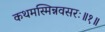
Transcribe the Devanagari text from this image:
कथमस्मिन्नवसरः॥१॥